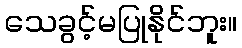
သေခွင့်မပြုနိုင်ဘူး။